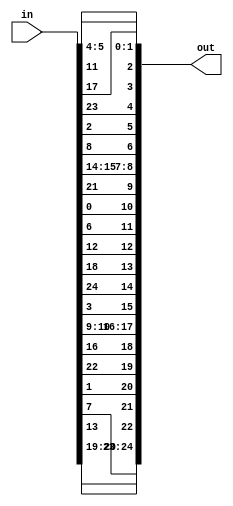
module Mapper (in, out);
    parameter N = 5;
    localparam InputLenBitCount = $clog2(N*N);
    localparam HalfN = N[0] ? ((N / 2) + 1) : N / 2;

    input [(N*N)-1:0] in;
    output [(N*N)-1:0] out;

    function [InputLenBitCount-1:0] index2DTo1D;
        input [InputLenBitCount-1:0] i;
        input [InputLenBitCount-1:0] j;

        begin: index2DTo1DBlock
            reg [InputLenBitCount-1:0] row, col;
            row = (j + N - HalfN) % N;
            col = (i + N - HalfN) % N;
            index2DTo1D = row * N + col;
        end
    endfunction

    function [InputLenBitCount-1:0] findDst;
        input [InputLenBitCount-1:0] i;
        input [InputLenBitCount-1:0] j;

        begin
            findDst = index2DTo1D(j, (2 * i + 3 * j) % N);
        end
    endfunction

    genvar i, j;
    generate
        for (i = 0; i < N; i = i + 1) begin
            for (j = 0; j < N; j = j + 1) begin
                assign out[findDst(i, j)] = in[index2DTo1D(i, j)];
            end
        end
    endgenerate
endmodule